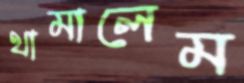
থামালেম